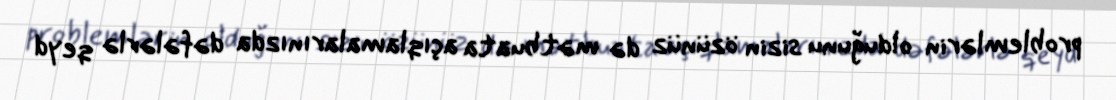
problemlərin olduğunu sizin özünüz də mətbuata açıqlamalarınızda dəfələrlə qeyd